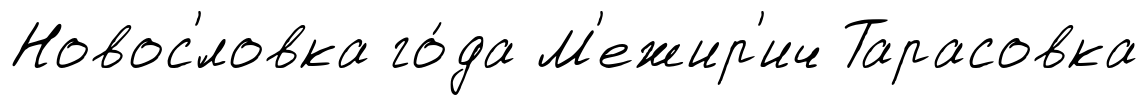
Новос'́ловка го́да М'ежир'ич Тарасовка